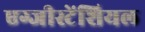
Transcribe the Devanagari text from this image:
एग्जीस्टेंशियल